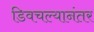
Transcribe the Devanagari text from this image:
डिवचल्यानंतर